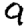
Digit: 9